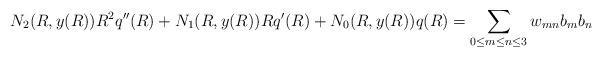
LaTeX: \begin{align*}N_2(R,y(R)) R^2q''(R) + N_1 (R,y(R)) Rq'(R) + N_0 (R,y(R)) q(R) =\sum_{0 \leq m\leq n \leq 3} w_{mn} b_m b_n\end{align*}